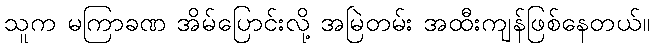
သူက မကြာခဏ အိမ်ပြောင်းလို့ အမြဲတမ်း အထီးကျန်ဖြစ်နေတယ်။